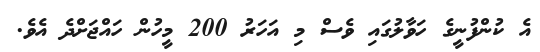
އެ ކުންފުނީގެ ހަވާލުގައި ވެސް މި އަހަރު 200 މީހުން ހައްޖަށްދެ އެވެ.